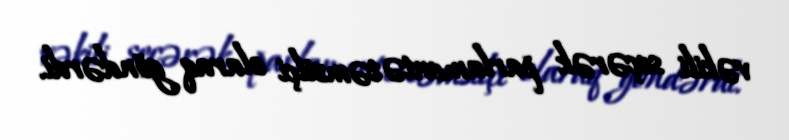
vəkili seçərək parlamentə təmsilçi olaraq göndərdi.